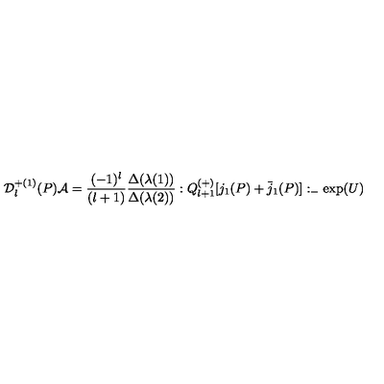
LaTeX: { \cal D } _ { l } ^ { + ( 1 ) } ( P ) { \cal A } = \frac { ( - 1 ) ^ { l } } { ( l + 1 ) } \frac { \Delta ( \lambda ( 1 ) ) } { \Delta ( \lambda ( 2 ) ) } : Q _ { l + 1 } ^ { ( + ) } [ j _ { 1 } ( P ) + \bar { j } _ { 1 } ( P ) ] : _ { - } \exp ( U )